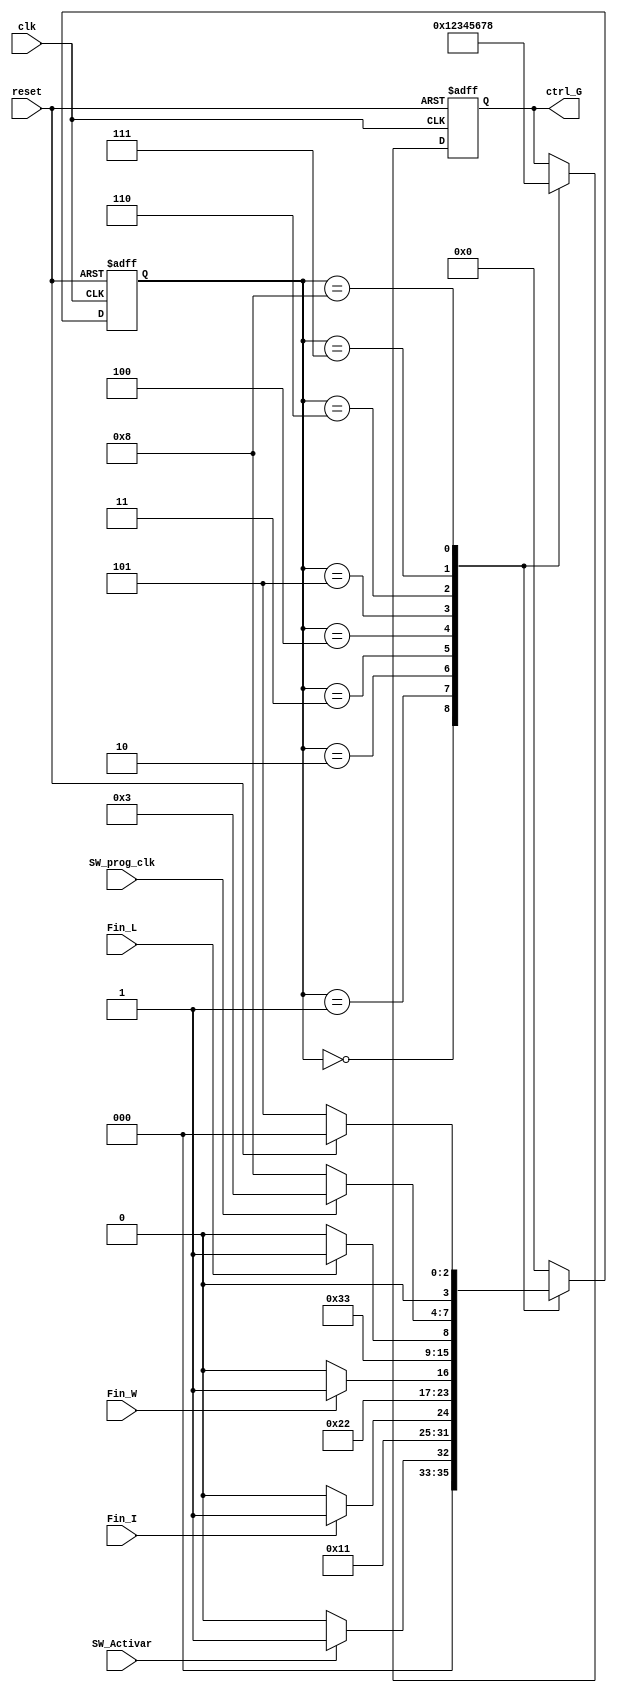
`timescale 1ns / 1ps
//////////////////////////////////////////////////////////////////////////////////
// Company: 
// Engineer: 
// 
// Design Name: 
// Module Name:    maquina_General 
// Project Name: 
// Target Devices: 
// Tool versions: 
// Description: 
//
// Dependencies: 
//
// Revision: 
// Revision 0.01 - File Created
// Additional Comments: 
//
//////////////////////////////////////////////////////////////////////////////////
module maquina_General(
   input wire reset,clk,Fin_W,Fin_L,Fin_I,SW_prog_clk,SW_Activar,
	output wire [3:0] ctrl_G
    );
	 
	reg [3:0] control_A,control_N;
	reg [3:0] Est_Actual,Est_Sig;
	localparam [3:0] a=4'b0000,b=4'b0001,c=4'b0010,d=4'b0011,e=4'b0100,f=4'b0101,g=4'b0110,h=4'b0111,i=4'b1000;
	 
always @ (posedge clk, posedge reset)
	begin 
		if (reset)
			begin
			Est_Actual=4'b0000;
			control_A=4'b0000;
			end
		else
			begin
			Est_Actual=Est_Sig;
			control_A=control_N;
			end
	end 

always @* 
	begin
	Est_Sig=Est_Actual;
	control_N=control_A;
	case(Est_Actual)
			a:
			begin
			control_N=4'b0000;
			if(SW_Activar)
				begin
				Est_Sig=b;
				end
			else
				begin
				Est_Sig=a;
				end
			end 
			
			b:
			begin 
				control_N=4'b0001;
				Est_Sig=c;
			end

			c:
			begin 
				control_N=4'b0010;
				if (Fin_I)
					begin
					Est_Sig=d;
					end
				else
					begin
					Est_Sig=c;
					end
			end
			
			d:
			begin 
				control_N=4'b0011;
				Est_Sig=e;
			end
			
			e:
			begin 
				control_N=4'b0100;
				if (Fin_W)
					begin
					Est_Sig=f;
					end
				else
					begin
					Est_Sig=e;
					end
			end
					
			f:
			begin 
				control_N=4'b0101;
				Est_Sig=g;
			end
			
			g:
			begin 
				control_N=4'b0110;
				if (Fin_L)
					begin
					Est_Sig=h;
					end
				else
					begin
					Est_Sig=g;
					end
			end
			
			h:
			begin
				control_N=4'b0111;
				if (SW_prog_clk)
					begin
					Est_Sig=d;
					end
				else
					begin
					Est_Sig=i;
					end
			end
			
			i:
			begin
				control_N=4'b1000;
				if (reset)
					begin
					Est_Sig=a;
					end
				else
					begin
					Est_Sig=f;
					end
			end
				
			default:Est_Sig=a;
			
			endcase
		
		end
				
assign ctrl_G = control_A;

endmodule